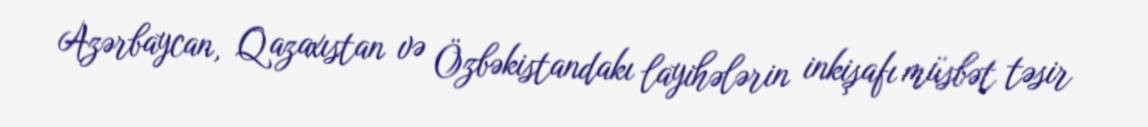
Azərbaycan, Qazaxıstan və Özbəkistandakı layihələrin inkişafı müsbət təsir